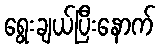
ရွေးချယ်ပြီးနောက်